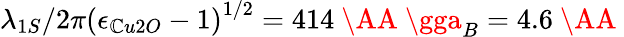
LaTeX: \lambda_{1S}/2\pi\left({\epsilon_{\mathbb{C}u2O}-1}\right)^{1/2}=414\mathrm{{~\AA~}}\gga_{B}=4.6\mathrm{{~\AA~}}